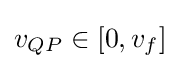
v_{QP}\in [0,v_{f}]